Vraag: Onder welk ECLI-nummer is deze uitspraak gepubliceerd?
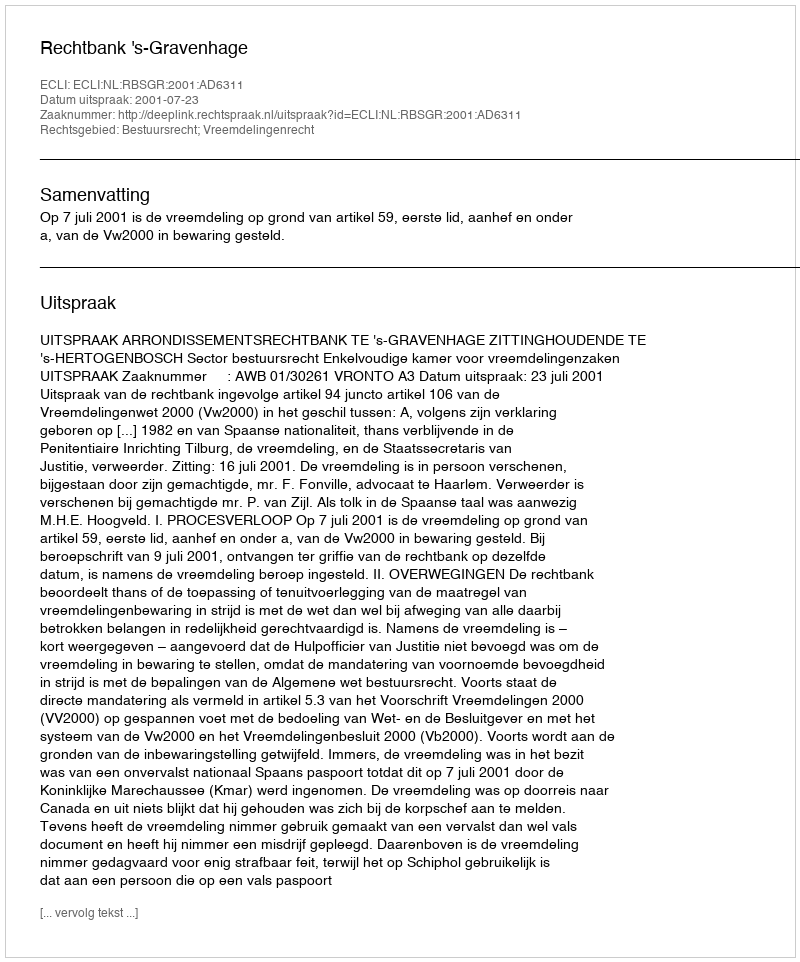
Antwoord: ECLI:NL:RBSGR:2001:AD6311